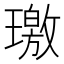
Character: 璬